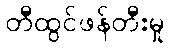
တီထွင်ဖန်တီးမှု